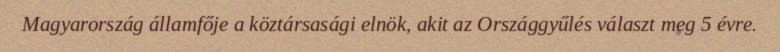
Magyarország államfője a köztársasági elnök, akit az Országgyűlés választ meg 5 évre.